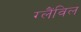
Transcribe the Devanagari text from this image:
ग्लैंविल